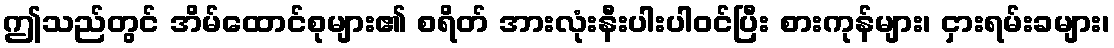
ဤသည်တွင် အိမ်ထောင်စုများ၏ စရိတ် အားလုံးနီးပါးပါဝင်ပြီး စားကုန်များ၊ ငှားရမ်းခများ၊